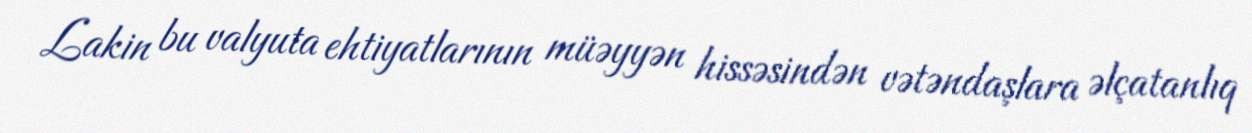
Lakin bu valyuta ehtiyatlarının müəyyən hissəsindən vətəndaşlara əlçatanlıq